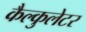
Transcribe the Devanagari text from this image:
कैल्कुलेटर